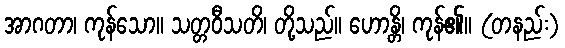
အာဂတာ၊ ကုန်သော။ သတ္တဝီသတိ၊ တို့သည်။ ဟောန္တိ၊ ကုန်၏။ (တနည်း)